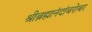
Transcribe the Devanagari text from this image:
श्रीब्रह्मानंदांबरोबर